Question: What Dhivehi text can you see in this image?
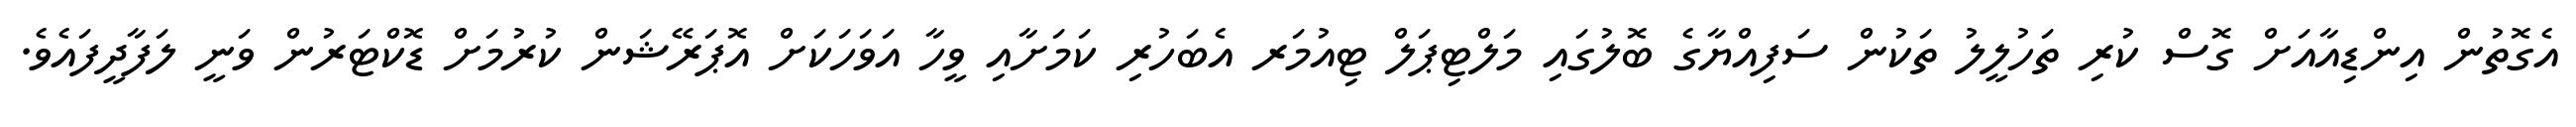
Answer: އެގޮތުން އިންޑިއާއަށް ގޮސް ކުރި ތަހުލީލު ތަކުން ސަފިއްޔާގެ ބޮލުގައި މަލްޓިޕަލް ޓިއުމަރ އެބަހުރި ކަމަށާއި ވީހާ އަވަހަކަށް އޮޕަރޭޝަން ކުރުމަށް ޑޮކްޓަރުން ވަނީ ލަފާދީފައެވެ.